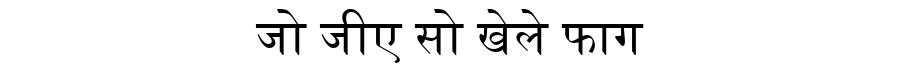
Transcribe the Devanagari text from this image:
जो जीए सो खेले फाग